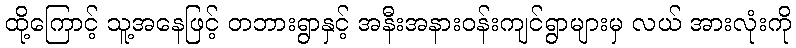
ထို့ကြောင့် သူ့အနေဖြင့် တဘားရွာနှင့် အနီးအနားဝန်းကျင်ရွာများမှ လယ် အားလုံးကို